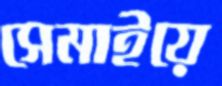
সেমাইয়ে